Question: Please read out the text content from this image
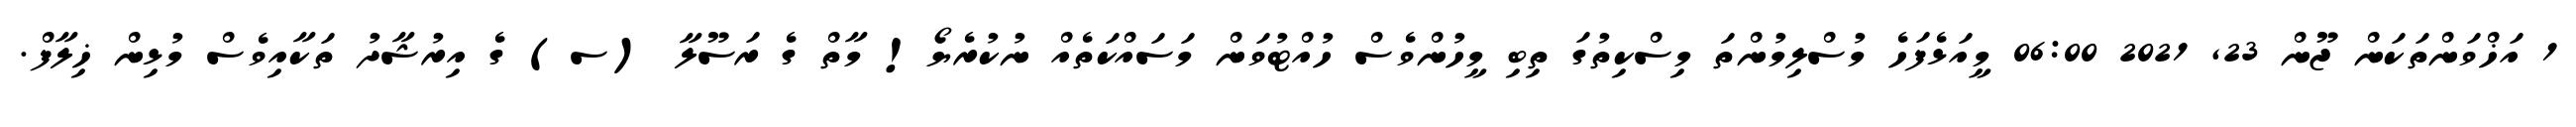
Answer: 1 އަޚްވަންތަކަން ޖޫން 23, 2021 06:00 މީއަޅެފަހެ މުސްލިމުންތަ މިސްކިތުގަ ތިބި މީހުންވެސް ހުއްޓުވަން މަސައްކަތެއް ނުކުރެޔޯ! މާތް ގެ ރަސޫލާ (ސ) ގެ އިރުޝާދު ތަކާއިވެސް މުޅިން ޚިލާފް.